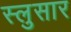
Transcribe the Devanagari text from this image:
स्लुसार